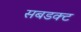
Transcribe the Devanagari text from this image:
सबडक्ट